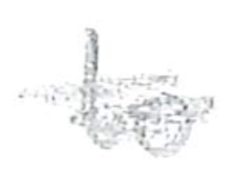
Text: to
Cross-out: mix
Writing tool: pencil